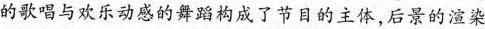
的歌唱与欢乐动感的舞蹈构成了节目的主体，后景的渲染